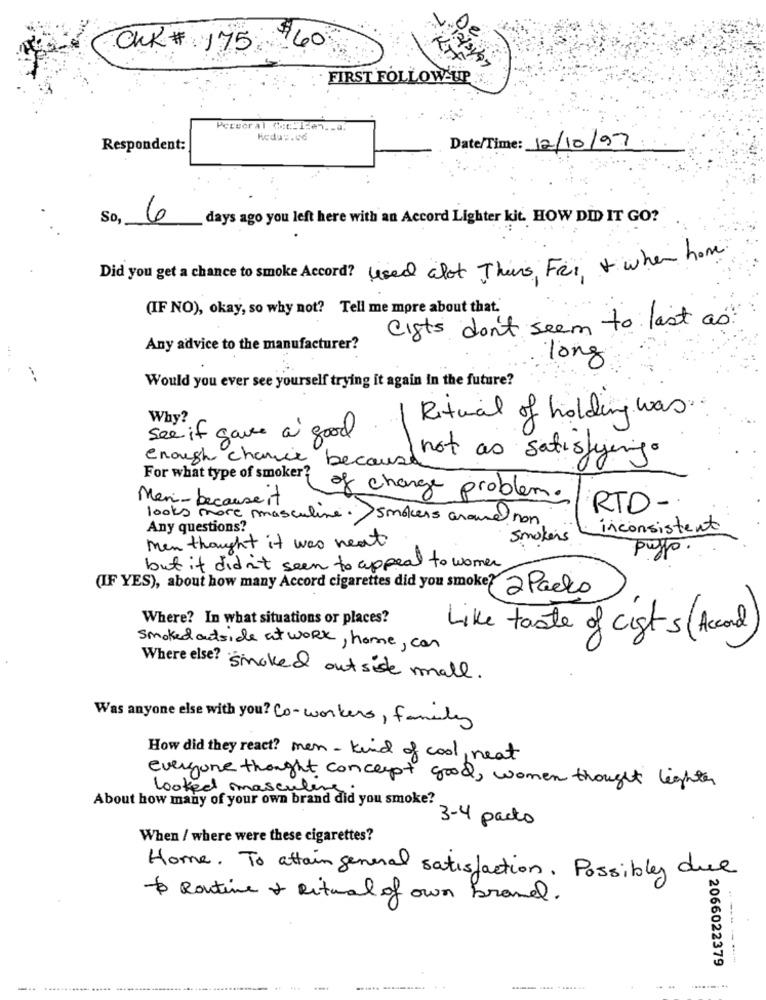
De
CHR # 175
$60
KIF
FIRST FOLLOW UP
Pervoral (:clicen .. a.
Respondent:
Date/Time: 12/10/97
So,
6
days ago you left here with an Accord Lighter kit. HOW DID IT GO?
Did you get a chance to smoke Accord? used alot This, Fer + when home
(IF NO), okay, so why not? Tell me more about that."
Cifts don't seem to last as?
Any advice to the manufacturer?
...
long
Would you ever see yourself trying it again In the future?
Why?
Ritual of holding was .
see if gave a good
not as satisfying.
enough chance because
For what type of smoker?
Men-because it
of change problem.
RTD-
looks more masculine. smokers around non
Any questions?
inconsistent
smokers
Men thought it was neat
pulpo.
but it didn't seem to appeal to women
(IF YES), about how many Accord cigarettes did you smoke? 2 Packs
Where? In what situations or places?
Like taste of cists (Accord)
smoked outside at work, home, can
Where else? smoked outside mall.
Was anyone else with you? Co-workers, family
How did they react? men - kind of cool, neat
everyone thought concept good, women thought lighter
looked masculins
About how many of your own brand did you smoke?
3-4 packs
When / where were these cigarettes?
Home. To attain general satisfaction. Possibly due
Routine & Ritual of own brand.
2066022379
------
............ ..... ...